Scottish Certificate of Education, 1962
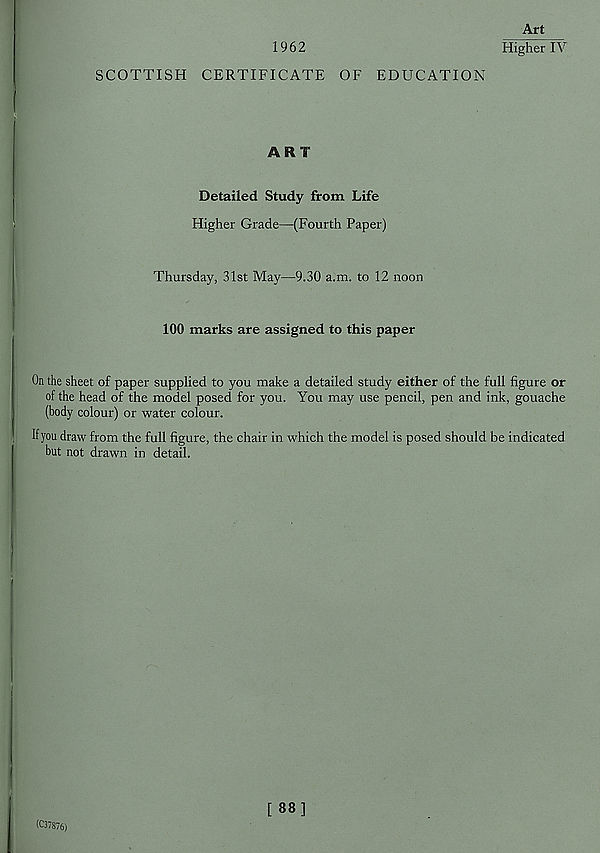
Art
1962
Higher IV
SCOTTISH CERTIFICATE OF EDUCATION
ART
Detailed Study from Life
Higher Grade—(Fourth Paper)
Thursday, 31st May—9.30 a.m. to 12 noon
100 marks are assigned to this paper
On the sheet of paper supplied to you make a detailed study either of the full figure or
of the head of the model posed for you. You may use pencil, pen and ink, gouache
(body colour) or water colour.
If you draw from the full figure, the chair in which the model is posed should be indicated
but not drawn in detail.
(C3/876)
[88]